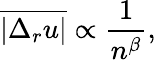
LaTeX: \overline{{|\Delta_{r}u|}}\propto\frac{1}{n^{\beta}},